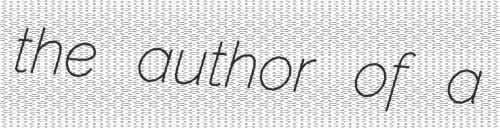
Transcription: the author of a